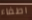
اطفاء